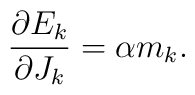
\frac{\partial E_k}{\partial J_k}=\alpha m_k.